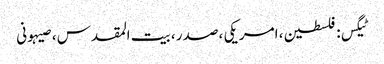
ٹیگس: فلسطین ، امریکی ، صدر ، بیت المقدس ، صیہونی